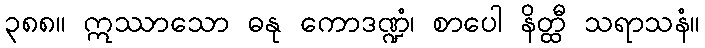
၃၈၈။ ဣဿာသော ဓနု ကောဒဏ္ဍံ၊ စာပေါ နိတ္ထီ သရာသနံ။